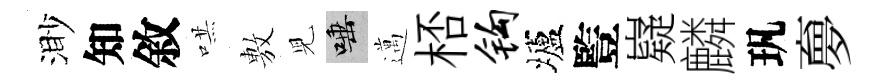
渺知敘哄𢾾児唾邁桮钩壚䜿嶷麟㺬夣